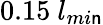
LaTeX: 0.15~l_{mi\mathsf{n}}